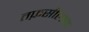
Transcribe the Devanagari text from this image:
तफ़सीलात